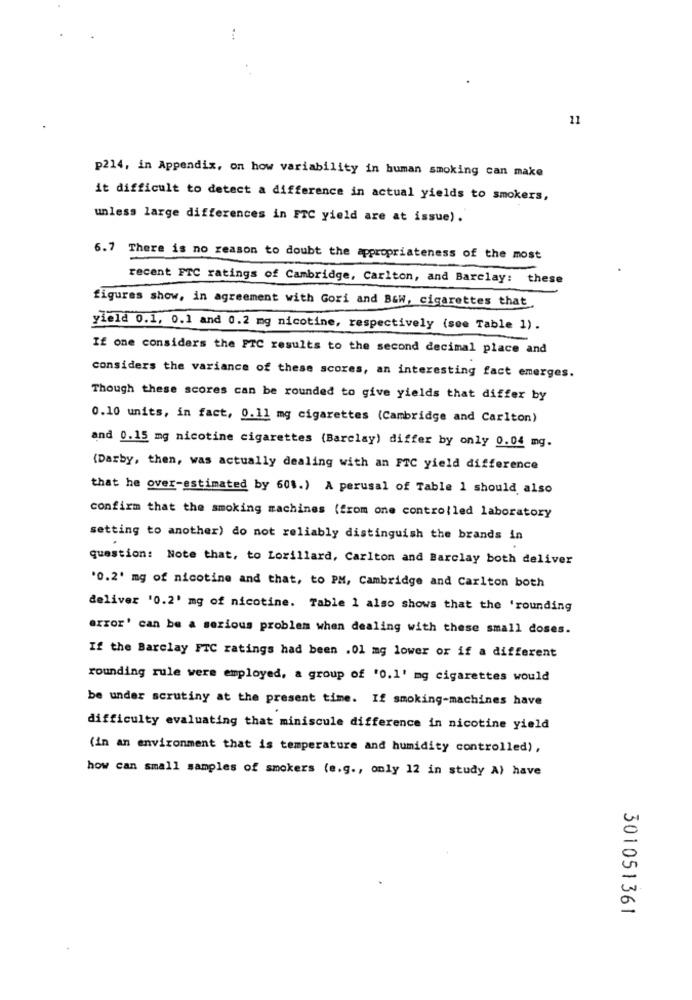
11
p214, in Appendix, on how variability in human smoking can make
it difficult to detect a difference in actual yields to smokers,
unless large differences in FTC yield are at issue).
6.7 There is no reason to doubt the appropriateness of the most
recent FTC ratings of Cambridge, Carlton, and Barclay: these
figuras show, in agreement with Gori and B&W, cigarettes that
yleld 0.1, 0.1 and 0.2 mg nicotine, respectively (see Table 1).
If one considers the FTC results to the second decimal place and
considers the variance of these scores, an interesting fact emerges.
Though these scores can be rounded to give yields that differ by
0.10 units, in fact, 0.11 mg cigarettes (Cambridge and Carlton)
and 0.15 mg nicotine cigarettes (Barclay) differ by only 0.04 mg.
(Darby, then, was actually dealing with an FTC yield difference
that he over-estimated by 601.) A perusal of Table 1 should also
confirm that the smoking machines (from one controlled laboratory
setting to another) do not reliably distinguish the brands in
question: Note that, to Lorillard, Carlton and Barclay both deliver
'0.2' mg of nicotine and that, to PM, Cambridge and Carlton both
deliver '0.2' mg of nicotine. Table 1 also shows that the 'rounding
error' can be a serious problem when dealing with these small doses.
If the Barclay FTC ratings had been .01 mg lower or if a different
rounding rule were employed, a group of '0.1' mg cigarettes would
be under scrutiny at the present time. If smoking-machines have
difficulty evaluating that miniscule difference in nicotine yield
(in an environment that is temperature and humidity controlled),
how can small samples of smokers (e.g ., only 12 in study A) have
301051361